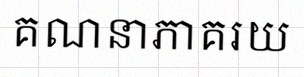
គណនាភាគរយ